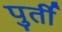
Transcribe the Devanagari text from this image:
पुर्ती